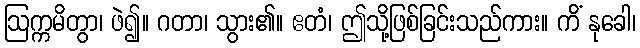
ဩက္ကမိတွာ၊ ဖဲ၍။ ဂတာ၊ သွား၏။ ဧတံ၊ ဤသို့ဖြစ်ခြင်းသည်ကား။ ကိံ နုခေါ၊